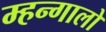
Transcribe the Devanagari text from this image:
म्हन्गालो